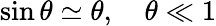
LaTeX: \sin\theta\simeq\theta,\quad\theta\ll 1